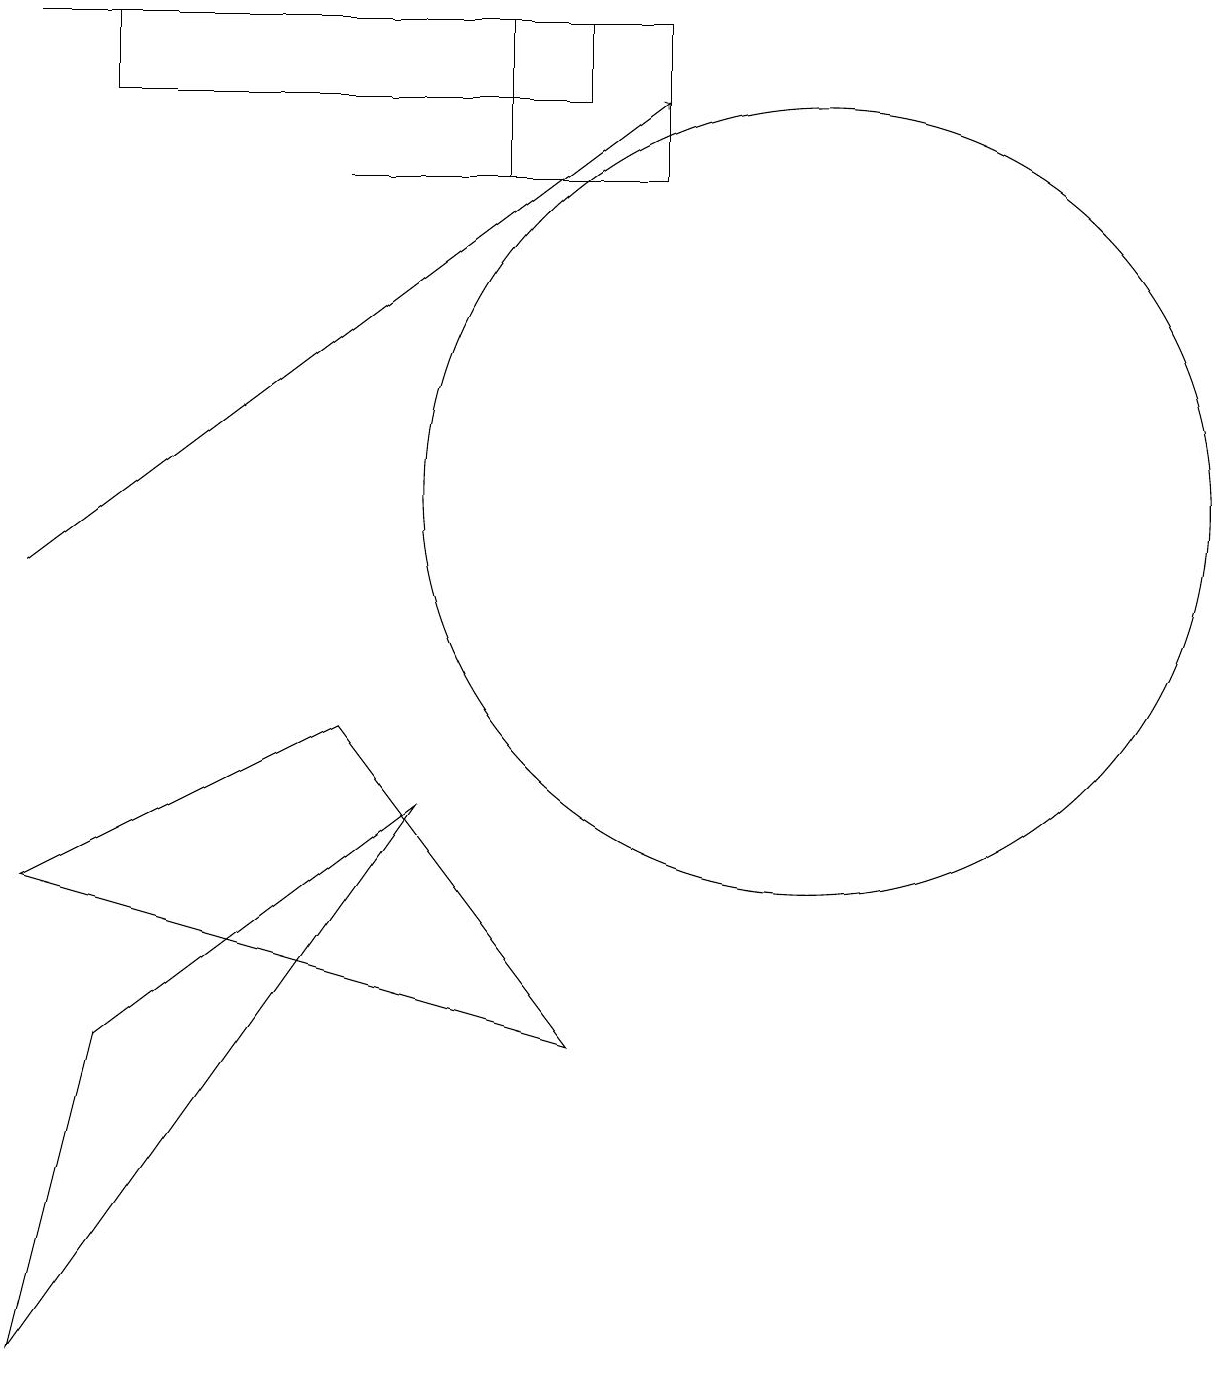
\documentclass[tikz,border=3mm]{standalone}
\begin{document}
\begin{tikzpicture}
\draw (2,16) rectangle (8,17);
\draw (9,15) rectangle (7,17);
\draw (3,17) rectangle (1,17);
\draw (6,7) -- (2,4) -- (1,0) -- cycle;
\draw[->] (1,10) -- (9,16);
\draw (7,15) rectangle (5,15);
\draw (11,11) circle (5);
\draw (1,6) -- (8,4) -- (5,8) -- cycle;
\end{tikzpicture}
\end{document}